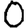
Digit: 0